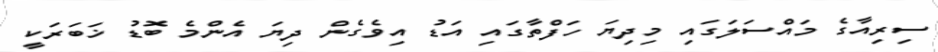
ސިރިއާގެ މައްސަލަގައި މިދިޔަ ހަފްތާގައި އަޑު އިވެގެން ދިޔަ އެންމެ ބޮޑު ޚަބަރަކީ